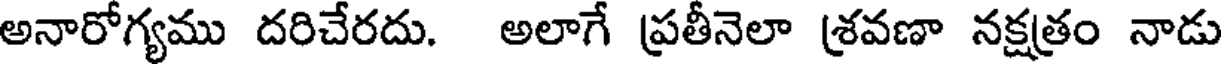
అనారోగ్యము దరిచేరదు. అలాగే ప్రతీనెలా శ్రవణా నక్షత్రం నాడు